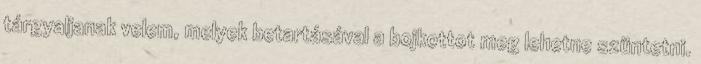
tárgyaljanak velem, melyek betartásával a bojkottot meg lehetne szüntetni.